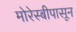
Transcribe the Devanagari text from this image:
मोरेस्बीपासून